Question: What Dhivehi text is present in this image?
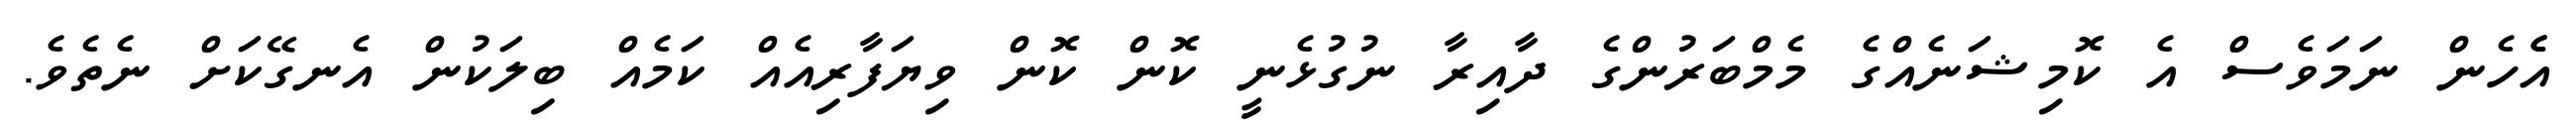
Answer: އެެހެން ނަމަވެސް އެ ކޮމިޝަނެއްގެ މެމްބަރުންގެ ދާއިރާ ނުގުޅެނީ ކޮން ކޮން ވިޔަފާރިއެއް ކަމެއް ބިލަކުން އެނގޭކަށް ނެތެވެ.